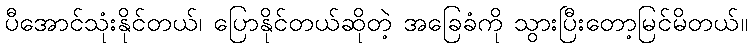
ပီအောင်သုံးနိုင်တယ်၊ ပြောနိုင်တယ်ဆိုတဲ့ အခြေခံကို သွားပြီးတော့မြင်မိတယ်။